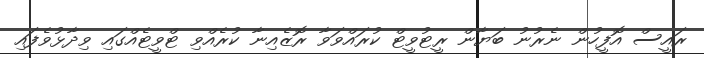
ރައީސް އޮފީހުން ނެރުނު ބަޔާން ރީޓުވީޓް ކުރައްވަވާ ރޮޒެއިނާ ކުރެއްވި ޓްވީޓެއްގައި ވިދާޅުވެފައި